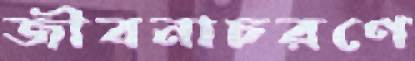
জীবনাচরণে